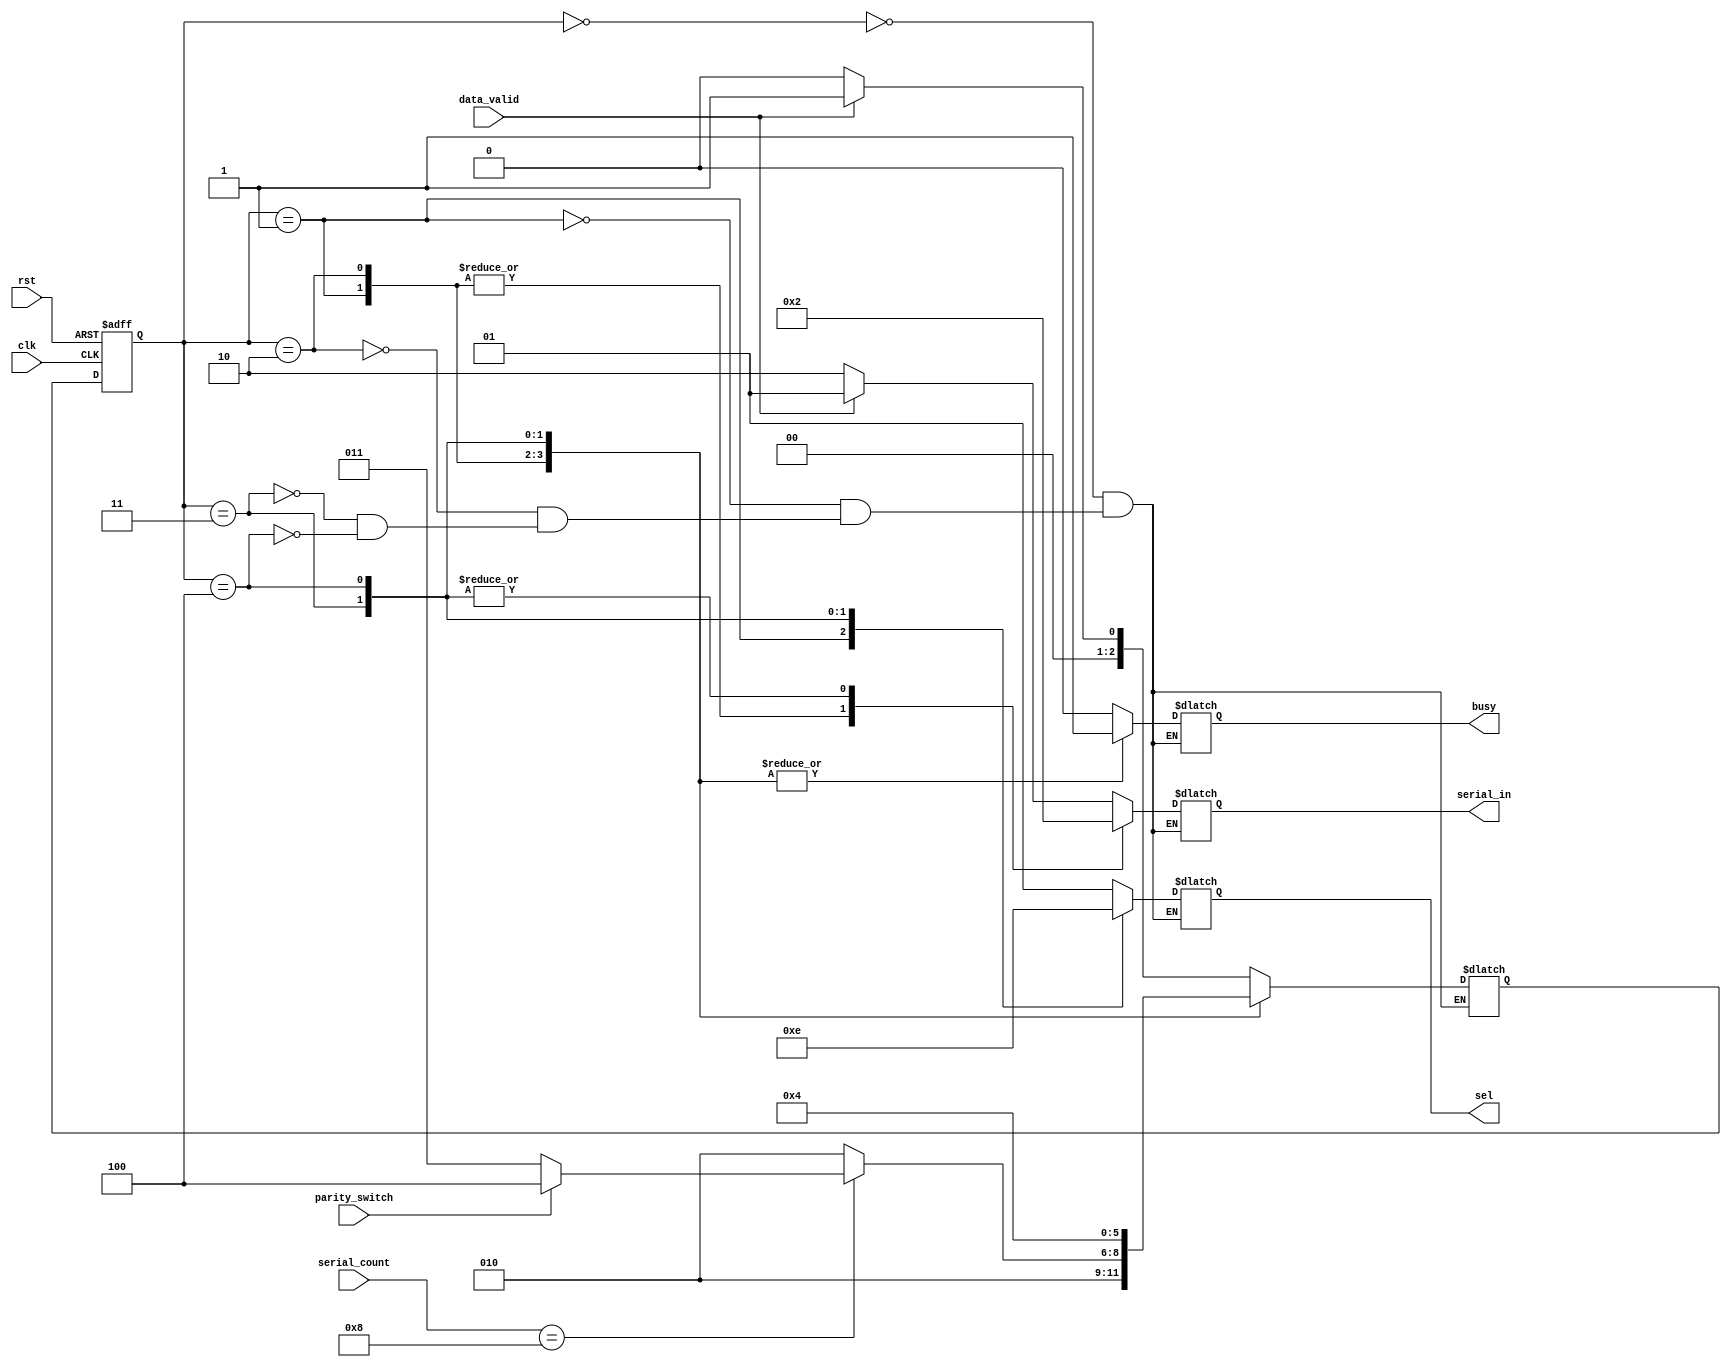
module FSMD (
    input wire       clk,
    input wire       rst,
    input wire       data_valid,
    input wire       parity_switch,
    input wire [3:0] serial_count,
    output reg       busy,
    output reg [1:0] serial_in,
    output reg [1:0] sel
);
    
localparam  idle=3'b0,//idle wait for data_valid then accept
            s0=3'b1,//start bit and serializing
            s1=3'b10,//payload stream wait for 8 cycles
            s2=3'b11,//without parity and end bit
            s3=3'b100;//parity stream

reg [2:0] state,next_state;

always @(posedge clk or negedge rst) 
    begin
        if (!rst) 
            begin
                state<=idle;
            end
        else
            begin
                state<=next_state;                
            end
    end

always @(*) 
    begin
        case (state)
            idle:
                begin
                    busy=1'b0;
                    serial_in=2'b10;
                    sel=2'b1;
                    if (data_valid) 
                        begin
                            next_state=s0;
                            serial_in=2'b1;
                        end
                    else
                        begin
                            next_state=idle;
                        end
                end
            s0:
                begin
                    busy=1'b1;
                    serial_in=2'b0;
                    sel=2'b0;
                    next_state=s1;
                end
            s1:
                begin
                    busy=1'b1;
                    serial_in=2'b0;
                    sel=2'b1;
                    if (serial_count==4'b1000) 
                        begin
                            if (parity_switch) 
                                begin
                                    next_state=s3;
                                end
                            else
                                begin
                                    next_state=s2;
                                end
                        end
                    else
                        begin
                            next_state=s1;
                        end
                end
            s2:
                begin
                    busy=1'b1;
                    serial_in=2'b10;
                    sel=2'b11;
                    next_state=idle;
                end
            s3:
                begin
                    busy=1'b1;
                    serial_in=2'b10;
                    sel=2'b10;
                    next_state=s3;
                end
        endcase
    end

endmodule